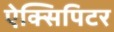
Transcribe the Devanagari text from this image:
ऐक्सिपिटर